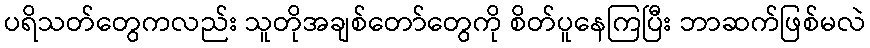
ပရိသတ်တွေကလည်း သူတိုအချစ်တော်တွေကို စိတ်ပူနေကြပြီး ဘာဆက်ဖြစ်မလဲ